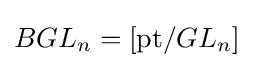
BGL_{n}=[{\text{pt}}/GL_{n}]